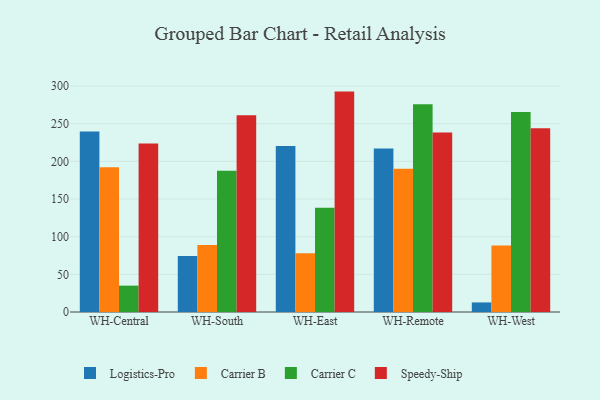
{"axis": {"x": "Warehouse", "y": "Shipments"}, "legend": ["Carrier B", "Carrier C", "Logistics-Pro", "Speedy-Ship"], "data": [{"x": "WH-Central", "y": 239.7, "type": "Logistics-Pro"}, {"x": "WH-Central", "y": 192.2, "type": "Carrier B"}, {"x": "WH-Central", "y": 35.0, "type": "Carrier C"}, {"x": "WH-Central", "y": 223.8, "type": "Speedy-Ship"}, {"x": "WH-South", "y": 74.2, "type": "Logistics-Pro"}, {"x": "WH-South", "y": 88.8, "type": "Carrier B"}, {"x": "WH-South", "y": 187.6, "type": "Carrier C"}, {"x": "WH-South", "y": 261.2, "type": "Speedy-Ship"}, {"x": "WH-East", "y": 220.3, "type": "Logistics-Pro"}, {"x": "WH-East", "y": 77.9, "type": "Carrier B"}, {"x": "WH-East", "y": 138.3, "type": "Carrier C"}, {"x": "WH-East", "y": 292.6, "type": "Speedy-Ship"}, {"x": "WH-Remote", "y": 216.9, "type": "Logistics-Pro"}, {"x": "WH-Remote", "y": 190.2, "type": "Carrier B"}, {"x": "WH-Remote", "y": 275.8, "type": "Carrier C"}, {"x": "WH-Remote", "y": 238.4, "type": "Speedy-Ship"}, {"x": "WH-West", "y": 12.7, "type": "Logistics-Pro"}, {"x": "WH-West", "y": 88.3, "type": "Carrier B"}, {"x": "WH-West", "y": 265.6, "type": "Carrier C"}, {"x": "WH-West", "y": 244.1, "type": "Speedy-Ship"}]}